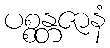
ပစ္စန္တဇာနံ